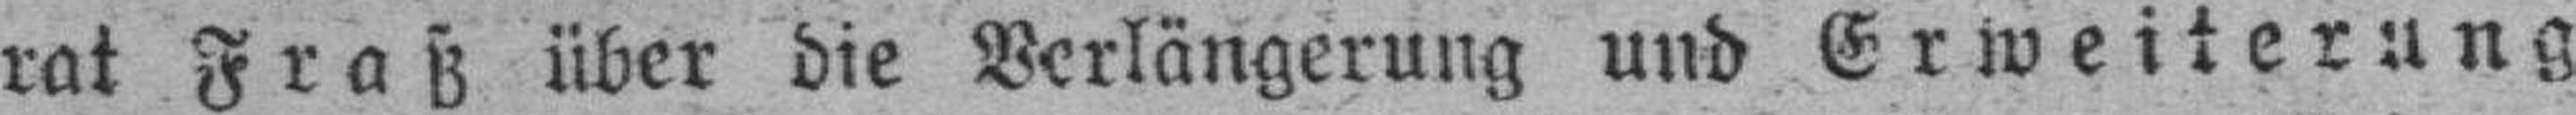
rat Fratz über die Verlängerung und Erweiterung